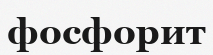
фосфорит